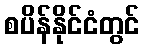
စပိန်နိုင်ငံတွင်